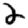
Digit: 2